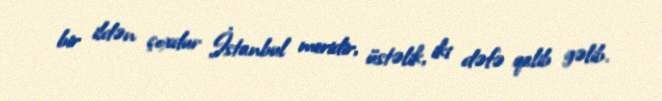
bir ildən çoxdur İstanbul meridir, üstəlik, iki dəfə qalib gəlib.